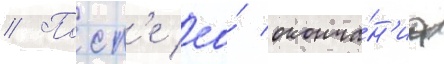
// Посл'е ео́ оконча́н'иа